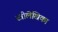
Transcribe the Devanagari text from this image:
स्त्रीलेखिका